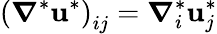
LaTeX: {\left(\boldsymbol{\nabla}^{*}\boldsymbol{\mathbf{u}}^{*}\right)}_{ij}=\boldsymbol{\nabla}_{i}^{*}\boldsymbol{\mathbf{u}}_{j}^{*}